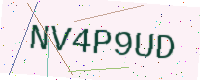
Text: NV4P9UD